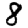
Digit: 8